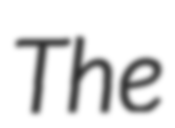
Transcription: The